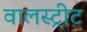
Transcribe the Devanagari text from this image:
वालस्ट्रीट